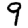
Digit: 9